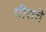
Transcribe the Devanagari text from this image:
पीराचे